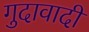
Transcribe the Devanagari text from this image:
गुदावादी